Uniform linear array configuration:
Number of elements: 4
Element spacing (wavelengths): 1
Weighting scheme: binomial
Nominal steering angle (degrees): -45
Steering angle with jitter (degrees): -44.62
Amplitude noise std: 0.05
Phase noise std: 0.05

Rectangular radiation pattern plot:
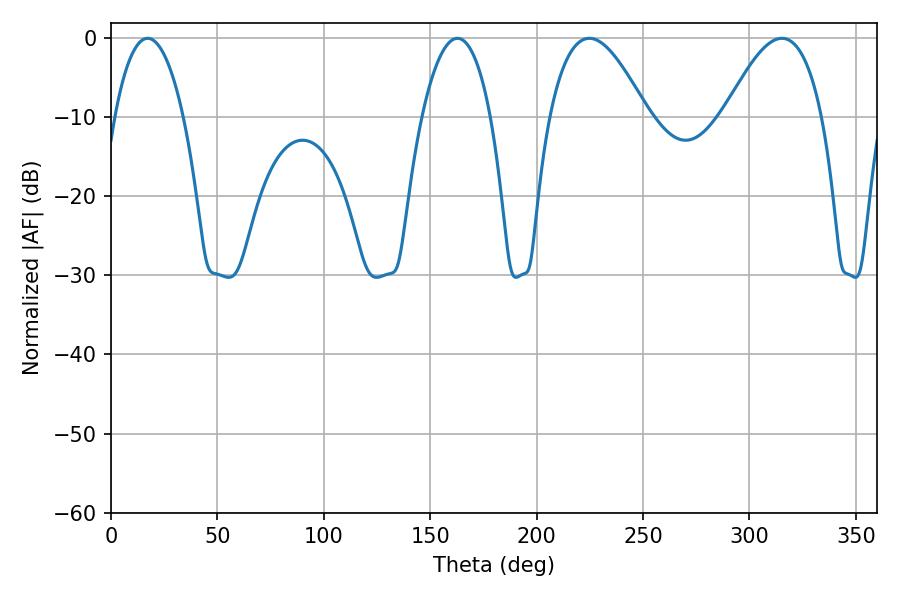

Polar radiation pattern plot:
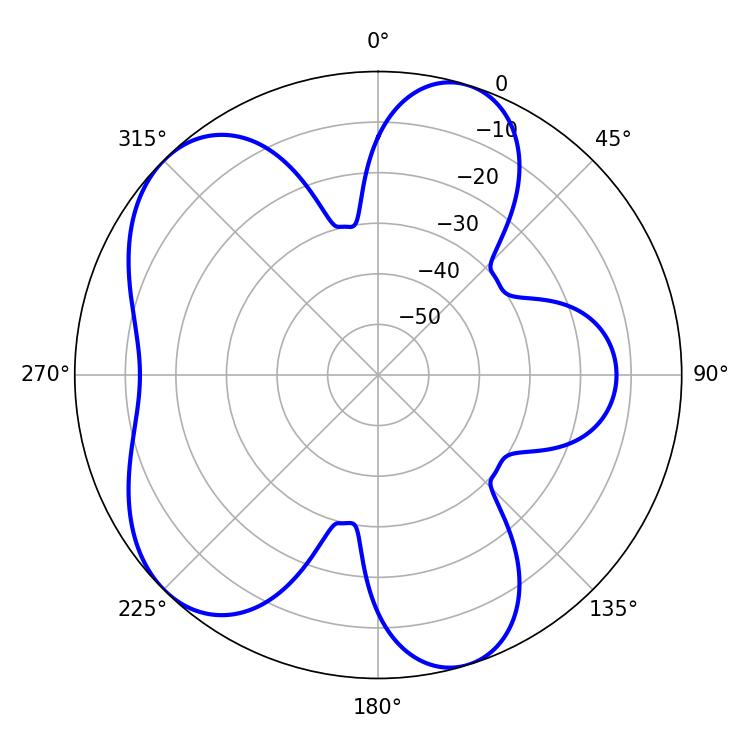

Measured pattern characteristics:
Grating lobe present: TRUE
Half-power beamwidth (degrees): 25.02
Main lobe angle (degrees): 224.82